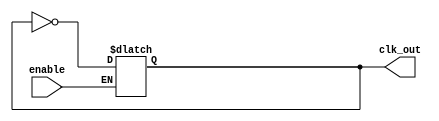
// This is the clk from a previous project



`timescale 1 ns / 1 ps

module clk(enable, clk_out);
	parameter PERIOD = 50;		// The default period of the clock
	input enable;				// Allow clk_out to "run" when asserted
	output clk_out;				// Controlled clock out

	reg clk_out;					// Declare clk_out as a reg

	// Set initial value for clk_out on power-up
	initial clk_out = 0;

	// Produce controlled free-running clock
	always
	begin
		#(PERIOD/2) if (enable == 1) 
			clk_out = ~clk_out;
	end
endmodule